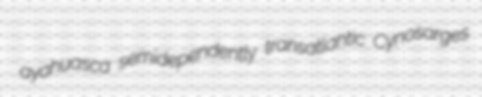
ayahuasca semidependently transatlantic Cynosarges